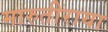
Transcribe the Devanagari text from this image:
मारुतीराया